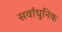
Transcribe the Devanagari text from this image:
सर्वाधुनिक